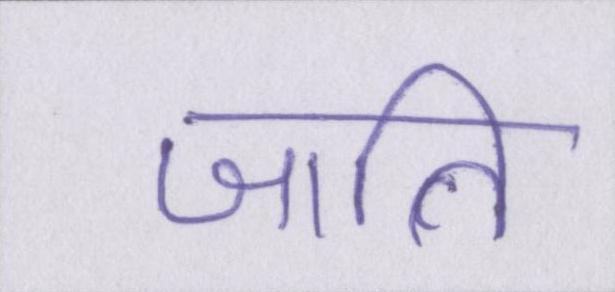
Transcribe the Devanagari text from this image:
जाति